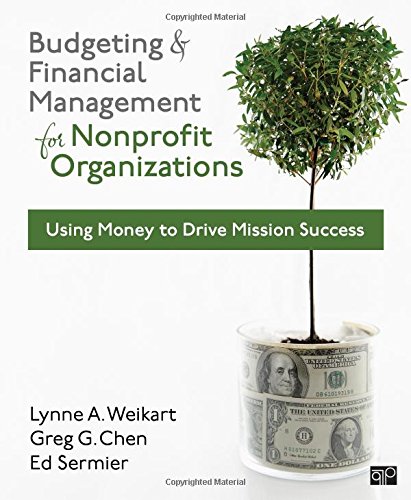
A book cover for Budgeting and Financial Management for Nonprofit Organizations; Lynne A Weikart; Business & Money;